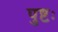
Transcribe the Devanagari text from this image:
पुष्टः